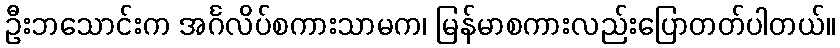
ဦးဘသောင်းက အင်္ဂလိပ်စကားသာမက၊ မြန်မာစကားလည်းပြောတတ်ပါတယ်။